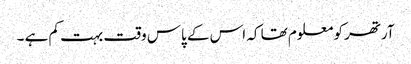
آرتھر کو معلوم تھا کہ اس کے پاس وقت بہت کم ہے ۔